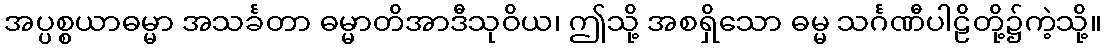
အပ္ပစ္စယာဓမ္မာ အသင်္ခတာ ဓမ္မာတိအာဒီသုဝိယ၊ ဤသို့ အစရှိသော ဓမ္မ သင်္ဂဏီပါဠိတို့၌ကဲ့သို့။